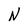
Character: N